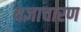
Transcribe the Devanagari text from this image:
यज्ञाचारण